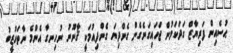
ޙުސެއިން ފަރިޔާޒް ގަދަކަމުން ޖަހައިގަނެގެން ގެންދިޔަ ގެންދިއުމަކީ ޤާނޫނު ނުހިނގާ އެންމެ ނާތަހުޒީބު